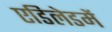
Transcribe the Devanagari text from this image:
एडिलेडमें